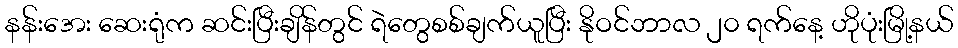
နန်းအေး ဆေးရုံက ဆင်းပြီးချိန်တွင် ရဲတွေစစ်ချက်ယူပြီး နိုဝင်ဘာလ ၂၀ ရက်နေ့ ဟိုပုံးမြို့နယ်